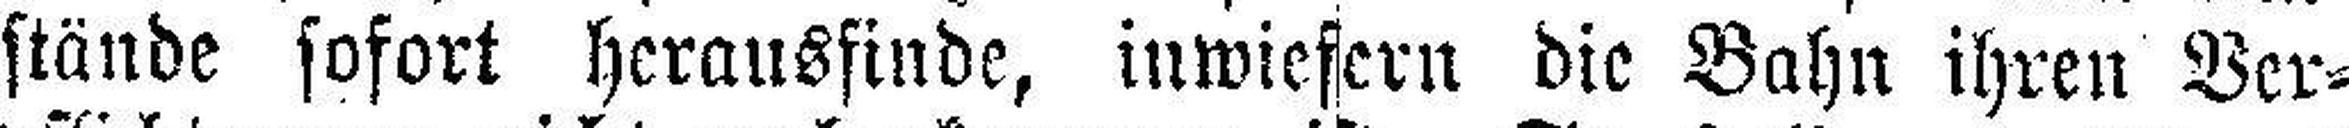
stände sofort herausfinde, inwiefern die Bahn ihren Ver¬